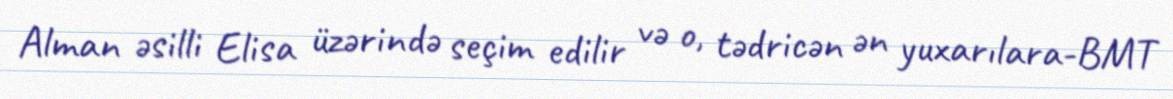
Alman əsilli Elisa üzərində seçim edilir və o, tədricən ən yuxarılara-BMT